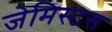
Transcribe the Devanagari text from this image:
जेमिस्टस